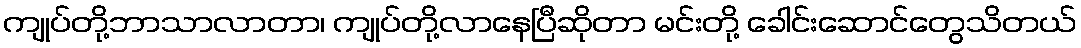
ကျုပ်တို့ဘာသာလာတာ၊ ကျုပ်တို့လာနေပြီဆိုတာ မင်းတို့ ခေါင်းဆောင်တွေသိတယ်